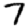
Digit: 7